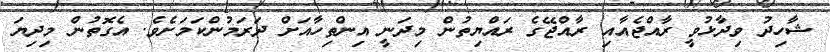
ޝާހިދު ވިދާޅުވީ ރާއްޖެއާއި ރާއްޖޭގެ ރައްޔިތުން މިދަނީ އިންތިހާއަށް ދަރަމުންކަމަށެވެ. އެގޮތުން މިދިޔަ